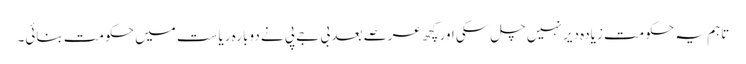
تاہم یہ حکومت زیادہ دیر نہیں چل سکی اور کچھ عرصے بعد بی جے پی نے دوبارہ ریاست میں حکومت بنائی۔